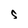
Character: S